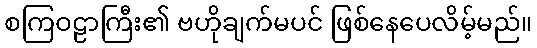
စကြဝဠာကြီး၏ ဗဟိုချက်မပင် ဖြစ်နေပေလိမ့်မည်။